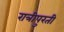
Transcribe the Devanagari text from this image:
रात्रीपुरती